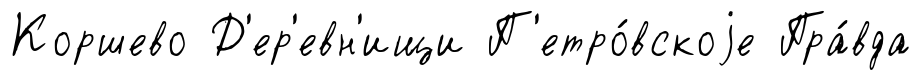
Коршево Д'ер'евн'ищи П'етро́вскоjе Пра́вда